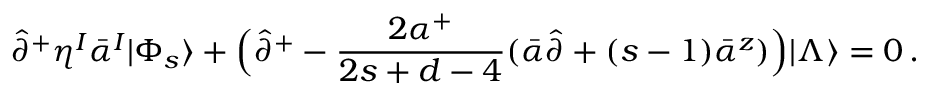
\hat { \partial } ^ { + } \eta ^ { I } \bar { \alpha } ^ { I } | \Phi _ { s } \rangle + \Bigl ( \hat { \partial } ^ { + } - \frac { 2 \alpha ^ { + } } { 2 s + d - 4 } ( \bar { \alpha } \hat { \partial } + ( s - 1 ) \bar { \alpha } ^ { z } ) \Bigr ) | \Lambda \rangle = 0 \, .